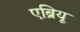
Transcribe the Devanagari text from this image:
एब्रियू